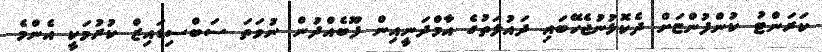
ކަރަންޓު ކުންފުންޏަށް ދެކޮޅުނުޖެހޭބައި ދައުލަތުގެ އާމްދަނީއިން ފޫބެއްދުން ނުވަތަ ސަބްސިޑައިޒް ކުރުމަކީ އެންމެ